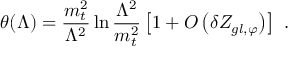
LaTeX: \theta ( \Lambda ) = \frac { m _ { t } ^ { 2 } } { \Lambda ^ { 2 } } \ln \frac { \Lambda ^ { 2 } } { m _ { t } ^ { 2 } } \left[ 1 + { \cal { O } } \left( \delta Z _ { g l , \varphi } \right) \right] \ .